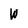
Character: W